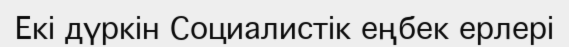
Екі дүркін Социалистік еңбек ерлері